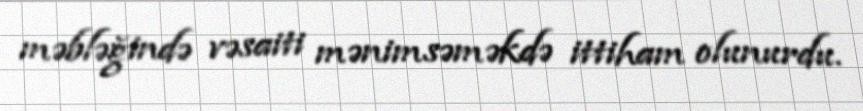
məbləğində vəsaiti mənimsəməkdə ittiham olunurdu.